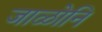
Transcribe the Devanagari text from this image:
जाळोनि